Problem: 11 × 11 = ?
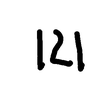
Handwritten answer: 121